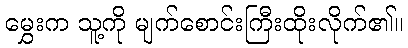
မွှေးက သူ့ကို မျက်စောင်းကြီးထိုးလိုက်၏။